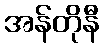
အန်တိုနီ